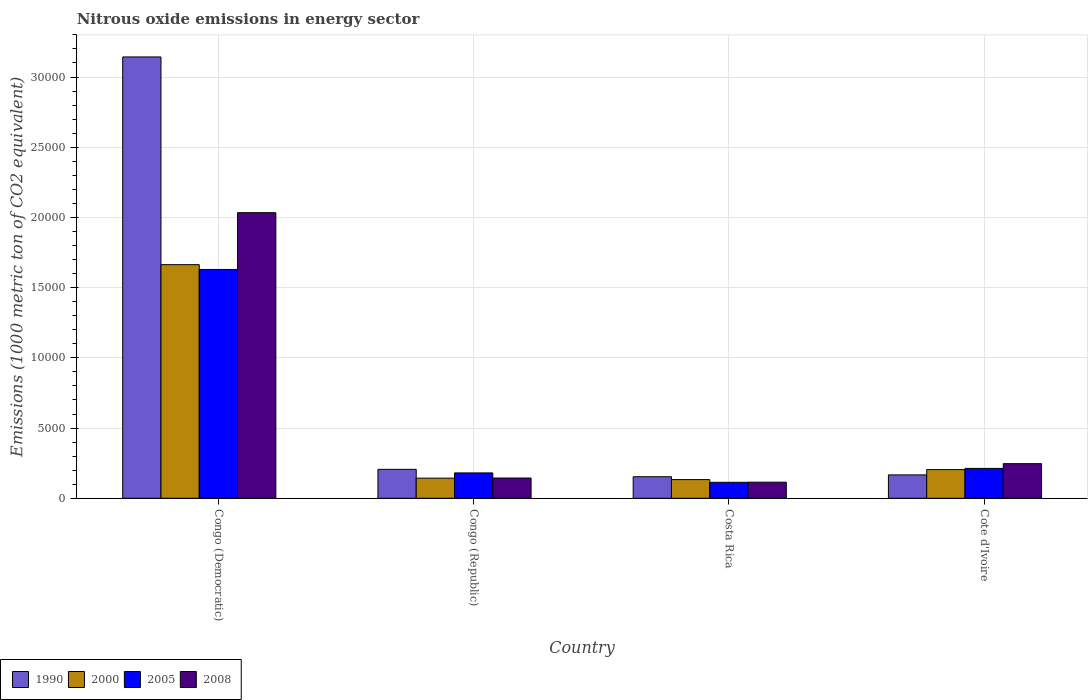
| Country | 1990 | 2000 | 2005 | 2008 |
 | --- | --- | --- | --- | --- |
 | Congo (Democratic) | 3.14e+04 | 1.66e+04 | 1.63e+04 | 2.03e+04 |
 | Congo (Republic) | 2.06e+03 | 1.43e+03 | 1.81e+03 | 1.44e+03 |
 | Costa Rica | 1.54e+03 | 1.33e+03 | 1.14e+03 | 1.15e+03 |
 | Cote d'Ivoire | 1.66e+03 | 2.04e+03 | 2.13e+03 | 2.47e+03 |